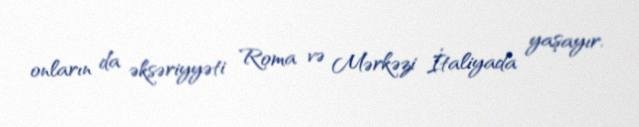
onların da əksəriyyəti Roma və Mərkəzi İtaliyada yaşayır.